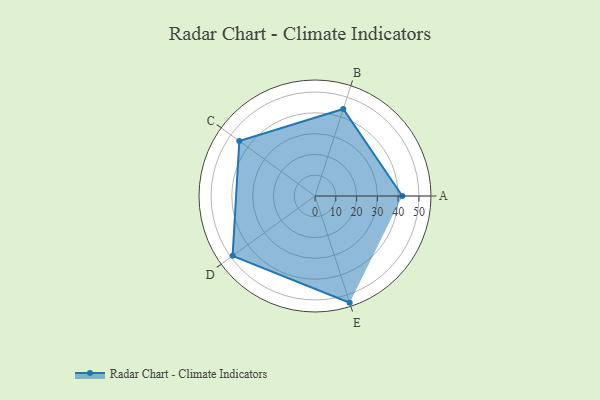
{"axis": {"x": "Skill", "y": "Score"}, "legend": ["Profile"], "data": [{"x": "A", "y": 42.0, "type": "Profile"}, {"x": "B", "y": 44.0, "type": "Profile"}, {"x": "C", "y": 45.0, "type": "Profile"}, {"x": "D", "y": 49.0, "type": "Profile"}, {"x": "E", "y": 54.0, "type": "Profile"}]}